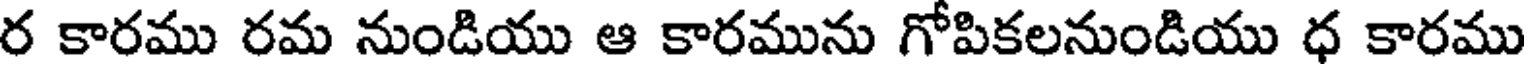
ర కారము రమ నుండియు ఆ కారమును గోపికలనుండియు ధ కారము